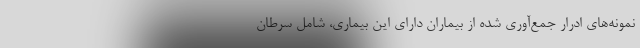
نمونه‌های ادرار جمع‌آوری شده از بیماران دارای این بیماری، شامل سرطان